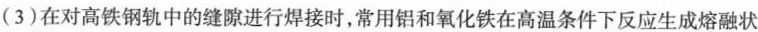
(3)在对高铁钢轨中的缝隙进行焊接时，常用铝和氧化铁在高温条件下反应生成熔融状